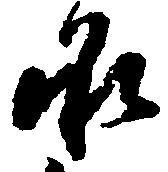
承